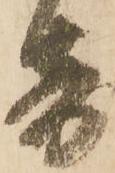
寄